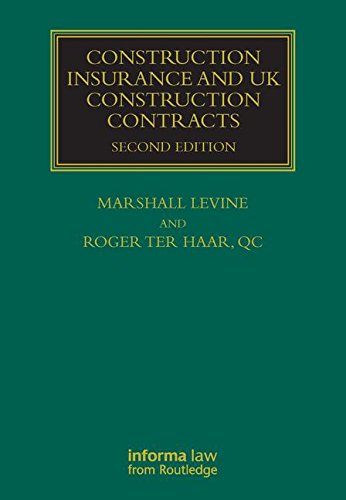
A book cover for Construction Insurance and UK Construction Contracts (Construction Practice Series); Marshall Levine; Law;